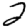
Digit: 2